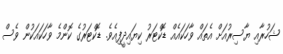
ޝަހުރާއި ޔާސިރުއަށް އެތައް ވާހަކައެއް ޑޮކްޓަރު ކިޔައިދީފިއެވެ. ޑޮކްޓަރުގެ ކޮންމެ ވާހަކައަކުން ވެސް